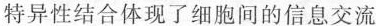
特异性结合体现了细胞间的信息交流